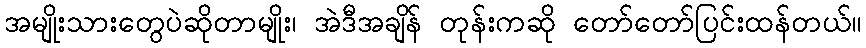
အမျိုးသားတွေပဲဆိုတာမျိုး၊ အဲဒီအချိန် တုန်းကဆို တော်တော်ပြင်းထန်တယ်။